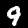
Label: 9